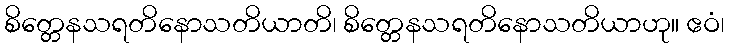
စိတ္တေနသရတိနောသတိယာတိ၊ စိတ္တေနသရတိနောသတိယာဟု။ ဧဝံ၊